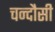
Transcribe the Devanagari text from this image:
चन्‍दौसी